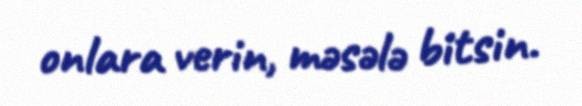
onlara verin, məsələ bitsin.